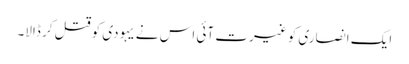
ایک انصاری کو غیرت آئی اس نے یہودی کو قتل کر ڈالا۔